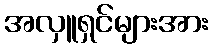
အလှူရှင်များအား